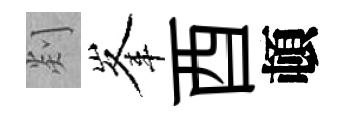
剡峯酉頓